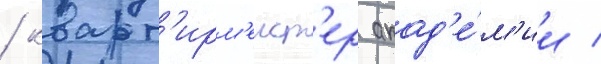
/ кварт'ирм'еист'ер акад'е́м'ии /